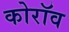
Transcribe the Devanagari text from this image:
कोरॉव